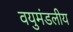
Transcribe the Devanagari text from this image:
वयुमंडलीय